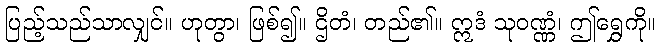
ပြည့်သည်သာလျှင်။ ဟုတွာ၊ ဖြစ်၍။ ဌိတံ၊ တည်၏။ ဣဒံ သုဝဏ္ဏံ၊ ဤရွှေကို။